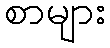
စာများ